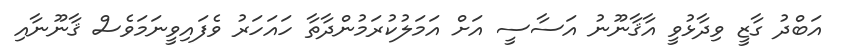
އަބްދު ގާޒީ ވިދާޅުވީ އާޤާނޫނު އަސާސީ އަށް އަމަލުކުރަމުންދާތާ ހައަހަރު ވެފައިވީނަމަވެސް ޤާނޫނާއި